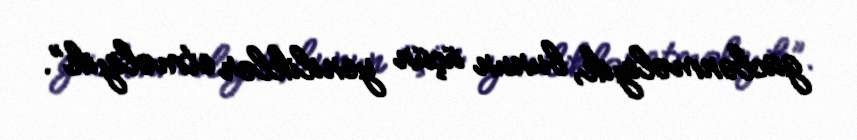
güclənməliyik, bunun üçün yeniliklər etməliyik”.